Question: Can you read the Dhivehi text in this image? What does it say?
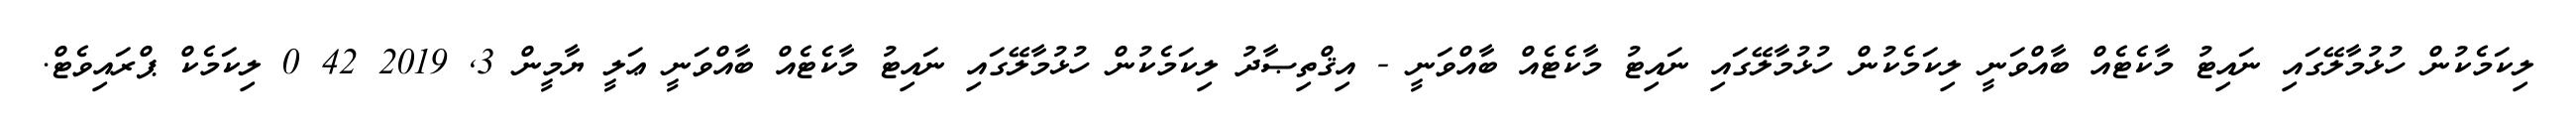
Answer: ލިކަމެކުން ހުޅުމާލޭގައި ނައިޓު މާކެޓެއް ބާއްވަނީ ލިކަމެކުން ހުޅުމާލޭގައި ނައިޓު މާކެޓެއް ބާއްވަނީ - އިޤްތިޞާދު ލިކަމެކުން ހުޅުމާލޭގައި ނައިޓު މާކެޓެއް ބާއްވަނީ ޢަލީ ޔާމީން 3, 2019 42 0 ލިކަމެކް ޕްރައިވެޓް.